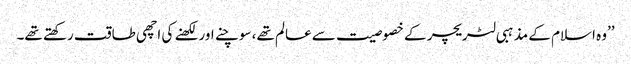
’’وہ اسلام کے مذہبی لٹریچر کے خصوصیت سے عالم تھے، سوچنے اور لکھنے کی اچھی طاقت رکھتے تھے۔